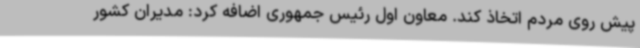
پیش روی مردم اتخاذ کند. معاون اول رئیس جمهوری اضافه کرد: مدیران کشور